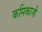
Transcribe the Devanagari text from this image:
कमिकाजी